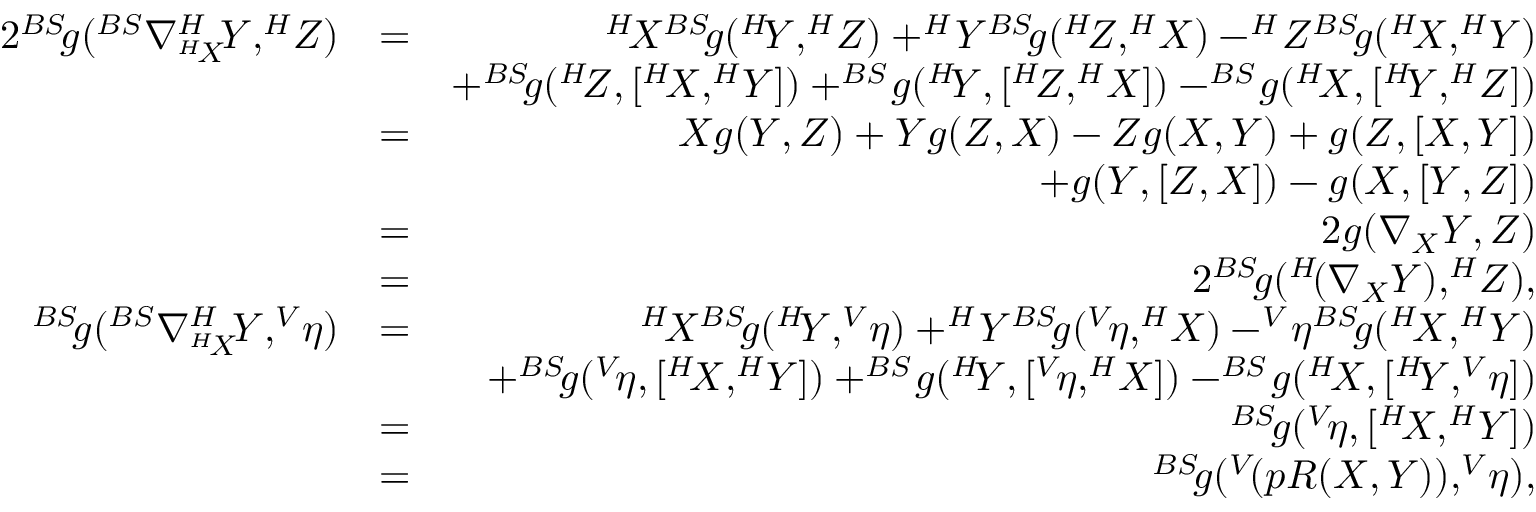
\begin{array} { r l r } { 2 ^ { B S } \! g ( ^ { B S } \nabla _ { ^ { H } \! X } ^ { H } \! Y , ^ { H } \! Z ) } & { = } & { ^ { H } \! X ^ { B S } \! g ( ^ { H } \! Y , ^ { H } \! Z ) + ^ { H } \! Y ^ { B S } \! g ( ^ { H } \! Z , ^ { H } \! X ) - ^ { H } \! Z ^ { B S } \! g ( ^ { H } \! X , ^ { H } \! Y ) } \\ & { } & { + ^ { B S } \! g ( ^ { H } \! Z , [ ^ { H } \! X , ^ { H } \! Y ] ) + ^ { B S } \! g ( ^ { H } \! Y , [ ^ { H } \! Z , ^ { H } \! X ] ) - ^ { B S } \! g ( ^ { H } \! X , [ ^ { H } \! Y , ^ { H } \! Z ] ) } \\ & { = } & { X g ( Y , Z ) + Y g ( Z , X ) - Z g ( X , Y ) + g ( Z , [ X , Y ] ) } \\ & { } & { + g ( Y , [ Z , X ] ) - g ( X , [ Y , Z ] ) } \\ & { = } & { 2 g ( \nabla _ { X } Y , Z ) } \\ & { = } & { 2 ^ { B S } \! g ( ^ { H } \! ( \nabla _ { X } Y ) , ^ { H } \! Z ) , } \\ { ^ { B S } \! g ( ^ { B S } \nabla _ { ^ { H } \! X } ^ { H } \! Y , ^ { V } \! \eta ) } & { = } & { ^ { H } \! X ^ { B S } \! g ( ^ { H } \! Y , ^ { V } \! \eta ) + ^ { H } \! Y ^ { B S } \! g ( ^ { V } \! \eta , ^ { H } \! X ) - ^ { V } \! \eta ^ { B S } \! g ( ^ { H } \! X , ^ { H } \! Y ) } \\ & { } & { + ^ { B S } \! g ( ^ { V } \! \eta , [ ^ { H } \! X , ^ { H } \! Y ] ) + ^ { B S } \! g ( ^ { H } \! Y , [ ^ { V } \! \eta , ^ { H } \! X ] ) - ^ { B S } \! g ( ^ { H } \! X , [ ^ { H } \! Y , ^ { V } \! \eta ] ) } \\ & { = } & { ^ { B S } \! g ( ^ { V } \! \eta , [ ^ { H } \! X , ^ { H } \! Y ] ) } \\ & { = } & { ^ { B S } \! g ( ^ { V } \! ( p R ( X , Y ) ) , ^ { V } \! \eta ) , } \end{array}